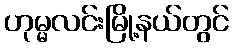
ဟုမ္မလင်းမြို့နယ်တွင်